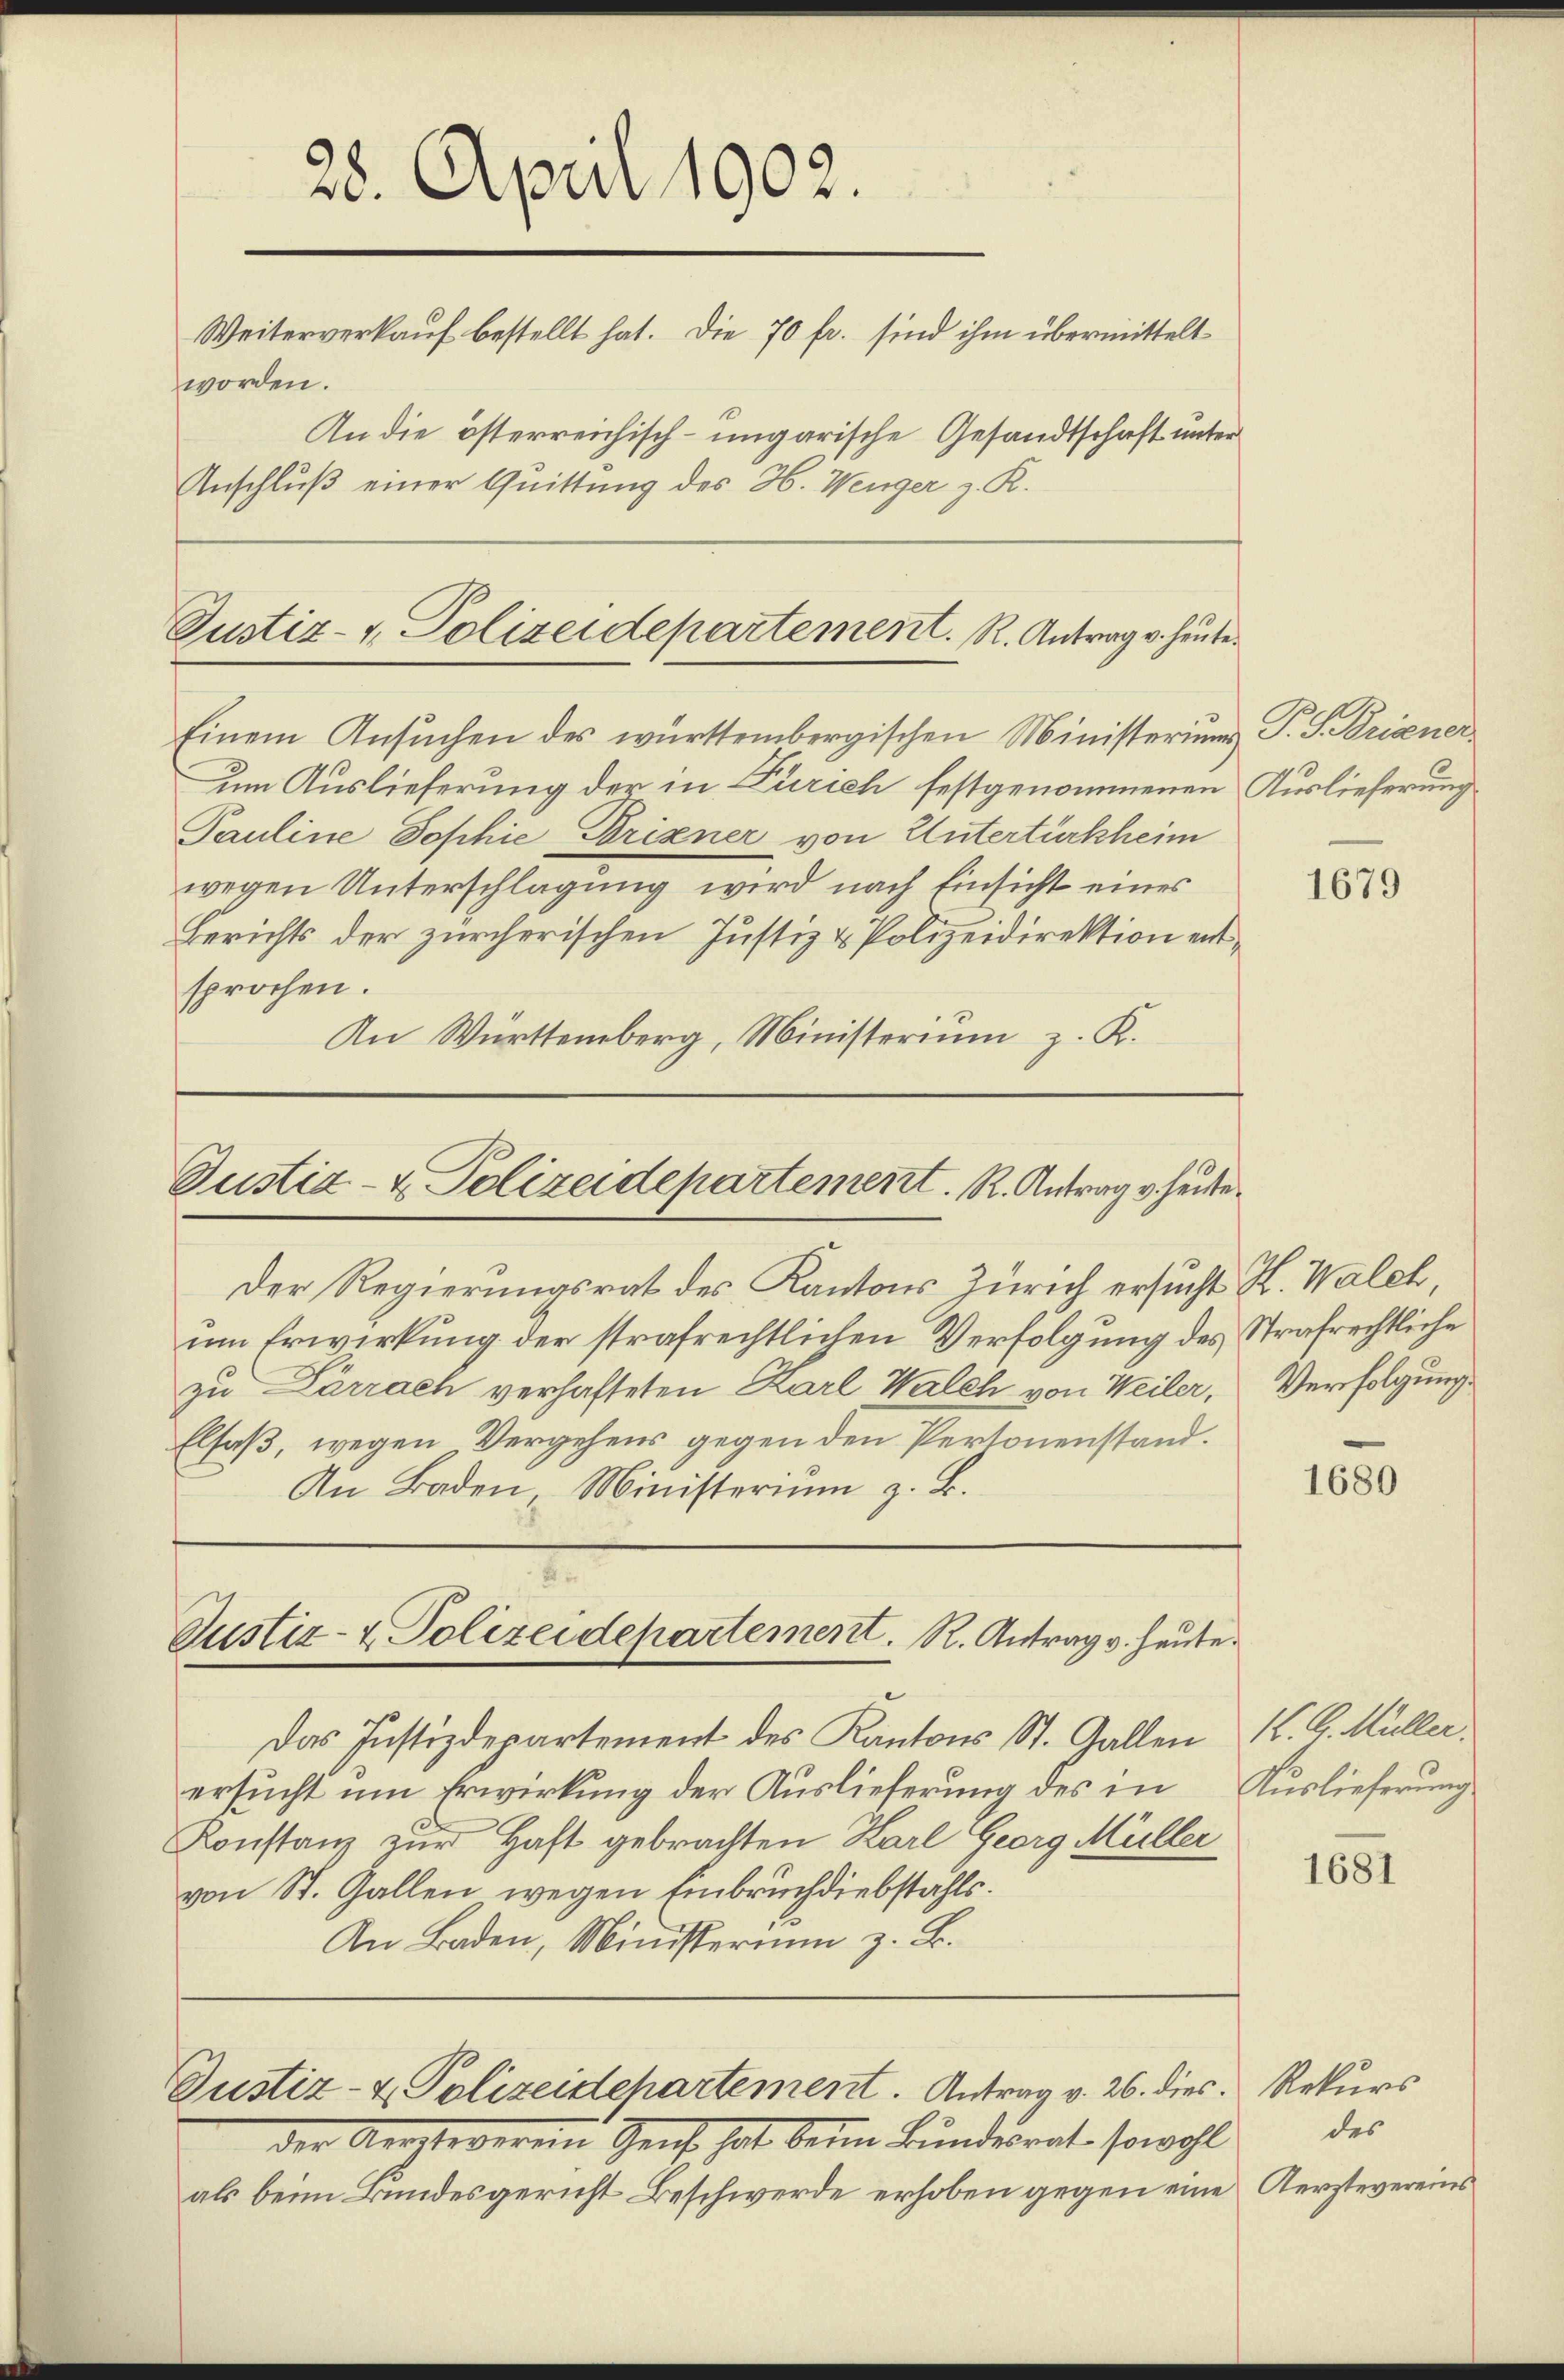
28. April 1902.
Weiterverkauf bestellt hat. Die 70 fr. sind ihm übermittelt
worden.
An die österreichisch-ungarische Gesandtschaft unter
Anschluß einer Quittung des H. Wenger z. R.

Justiz- & Polizeidepartement. R. Antrag v. heute.
Einem Ansuchen des württembergischen Ministerium P. F. Brigener

Justiz- & Polizeidepartement. R. Antrag v. heiste

e
Justiz- & Polizeidepartement. R. Antrag v. heute.

Im Auslieferung der in Zürich festgenommenen Auslieferung
Pauline Sophie Brixner von Untertürkheim
wegen Unterschlagung wird nach Einsicht eines
Berichts der zürcherischen Justiz & Polizeidirektion entsprochen.
An Württemberg, Ministerium z. K.

Der Regierungsrat des Kantons Zürich ersucht H. Walch
um Erwirkung der strafrechtlichen Verfolgung des Strafrechtliche
zu Zarrach verhafteten Karl Walch von Weiler, Verfolgung
Elsaß, wegen Vergehens gegen den Pertonenstand.
An Baden, Ministeriŭm z. B.

Das Justizdepartement des Kantons St. Gallen
ersucht um Erwirkung der Auslieferung des in Auslieferung
Konstanz zur Haft gebrachten Karl Georg Müller
von St. Gallen wegen Einbruchdiebstahls.
An Baden, Ministerium z. B.

Justiz- & Polizeidehartement. Antrag v. 26. dies Rekurs

der Arretoverein Senf hat beim Bundesrat, sowohl
als beim Bundesgericht Beschwerde erhoben gegen eine

1679

1680

K. G. Müller.

1681

des
Aerztevereins